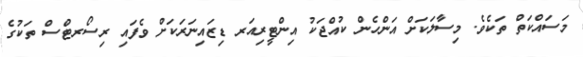
މަސައްކަތް ތަކެވެ. މިސާލަކަށް އަންހެން ކުއްޖަކު އިންޓީރިއަރ ޑިޒައިނަރަަކަށް ވެފައި ރިސޯރޓްސް ތަކުގެ